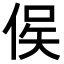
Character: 㑨